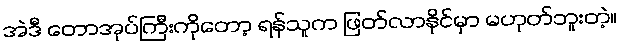
အဲဒီ တောအုပ်ကြီးကိုတော့ ရန်သူက ဖြတ်လာနိုင်မှာ မဟုတ်ဘူးတဲ့။